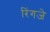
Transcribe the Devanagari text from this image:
रिंगजे